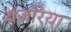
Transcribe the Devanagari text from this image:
बंजरिया